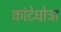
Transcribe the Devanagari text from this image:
कांटेधोत्रा